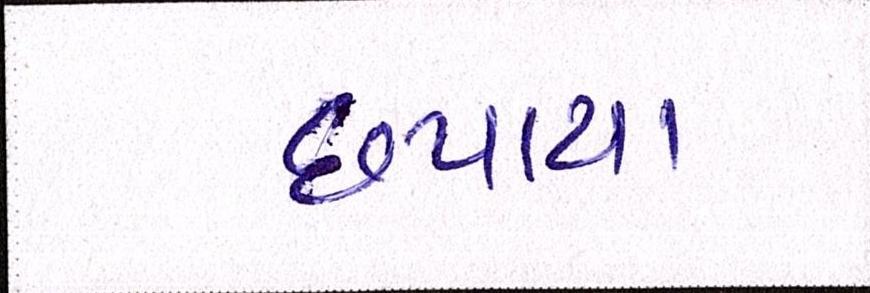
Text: છપાયા